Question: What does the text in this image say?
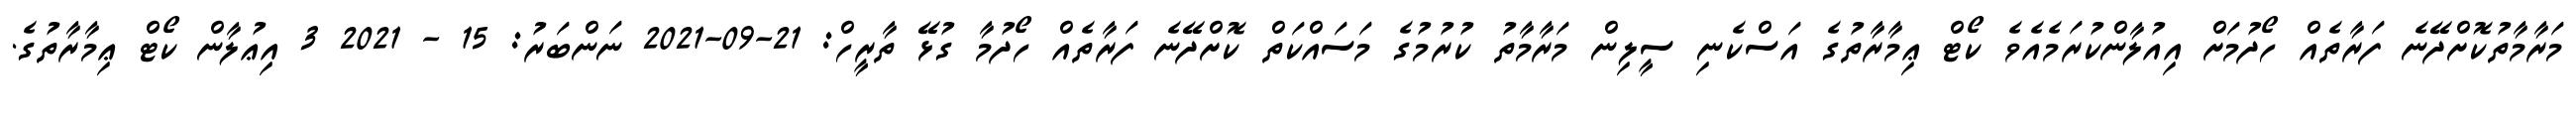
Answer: މަރާމާތުކޮށްދޭނެ ފަރާތެއް ހޯދުމަށް އިއުލާންކުރަމެއެވެ ކޯޓް ޢިމާރާތުގެ އަސްކެނި ސީލިން މަރާމާތު ކުރުމުގެ މަސައްކަތް ކޮށްދޭނެ ފަރާތެއް ހޯދުމާ ގުޅޭ ތާރީހް: 21-09-2021 ނަންބަރު: 15 - 2021 3 އިޢުލާން ކޯޓް ޢިމާރާތުގެ.